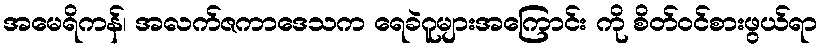
အမေရိကန်၊ အလက်ဇကာဒေသက ရေခဲဂူများအကြောင်း ကို စိတ်ဝင်စားဖွယ်ရာ